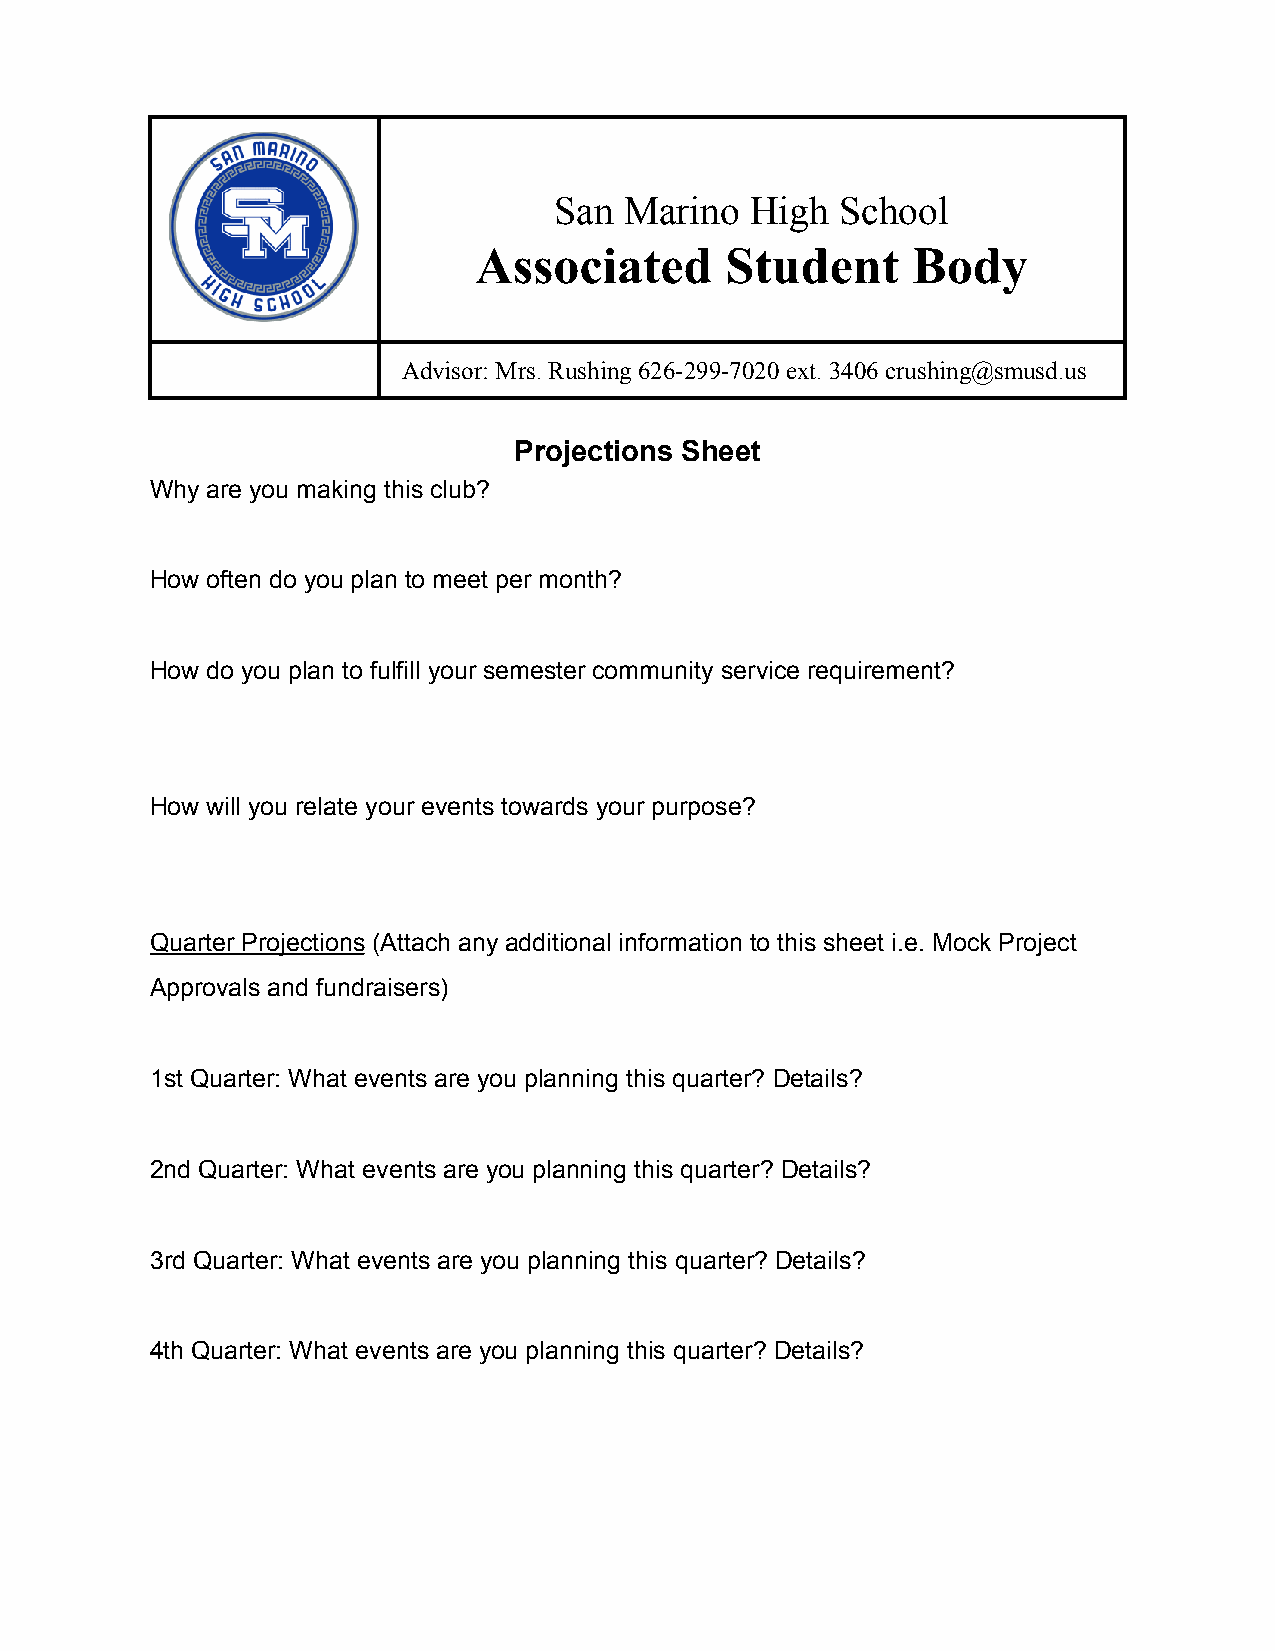
San Marino   High  School
 Associated       Student     Body
 Advisor: Mrs. Rushing 626-299-7020 ext. 3406 crushing@smusd.us
 Projections Sheet
 Why are you making this club?
 How often do you plan to meet per month?
 How do you plan to fulfill your semester community service requirement?
 How will you relate your events towards your purpose?
 Quarter Projections (Attach any additional information to this sheet i.e. Mock Project
 Approvals and fundraisers)
 1st Quarter: What events are you planning this quarter? Details?
 2nd Quarter: What events are you planning this quarter? Details?
 3rd Quarter: What events are you planning this quarter? Details?
 4th Quarter: What events are you planning this quarter? Details?